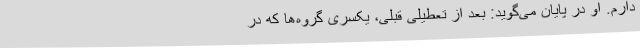
دارم. او در پایان می‌گوید: بعد از تعطیلی قبلی، یکسری گروه‌ها که در